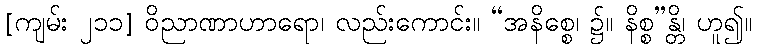
[ကျမ်း ၂၁၁] ဝိညာဏာဟာရော၊ လည်းကောင်း။ “အနိစ္စေ၊ ၌။ နိစ္စ”န္တိ၊ ဟူ၍။